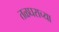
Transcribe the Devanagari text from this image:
तळघराच्या